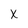
Character: x